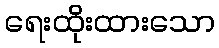
ရေးထိုးထားသော